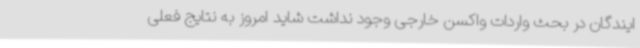
ایندگان در بحث واردات واکسن خارجی وجود نداشت شاید امروز به نتایج فعلی